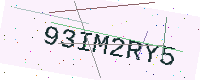
Text: 93IM2RY5